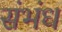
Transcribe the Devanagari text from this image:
संभंध